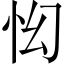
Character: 𱞇